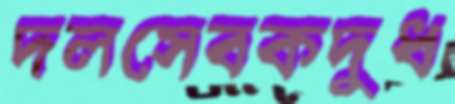
দলসেবকদুধ